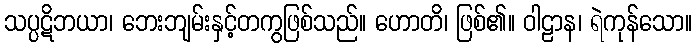
သပ္ပဋိဘယာ၊ ဘေးဘျမ်းနှင့်တကွဖြစ်သည်။ ဟောတိ၊ ဖြစ်၏။ ဝါဠာန၊ ရဲကုန်သော။